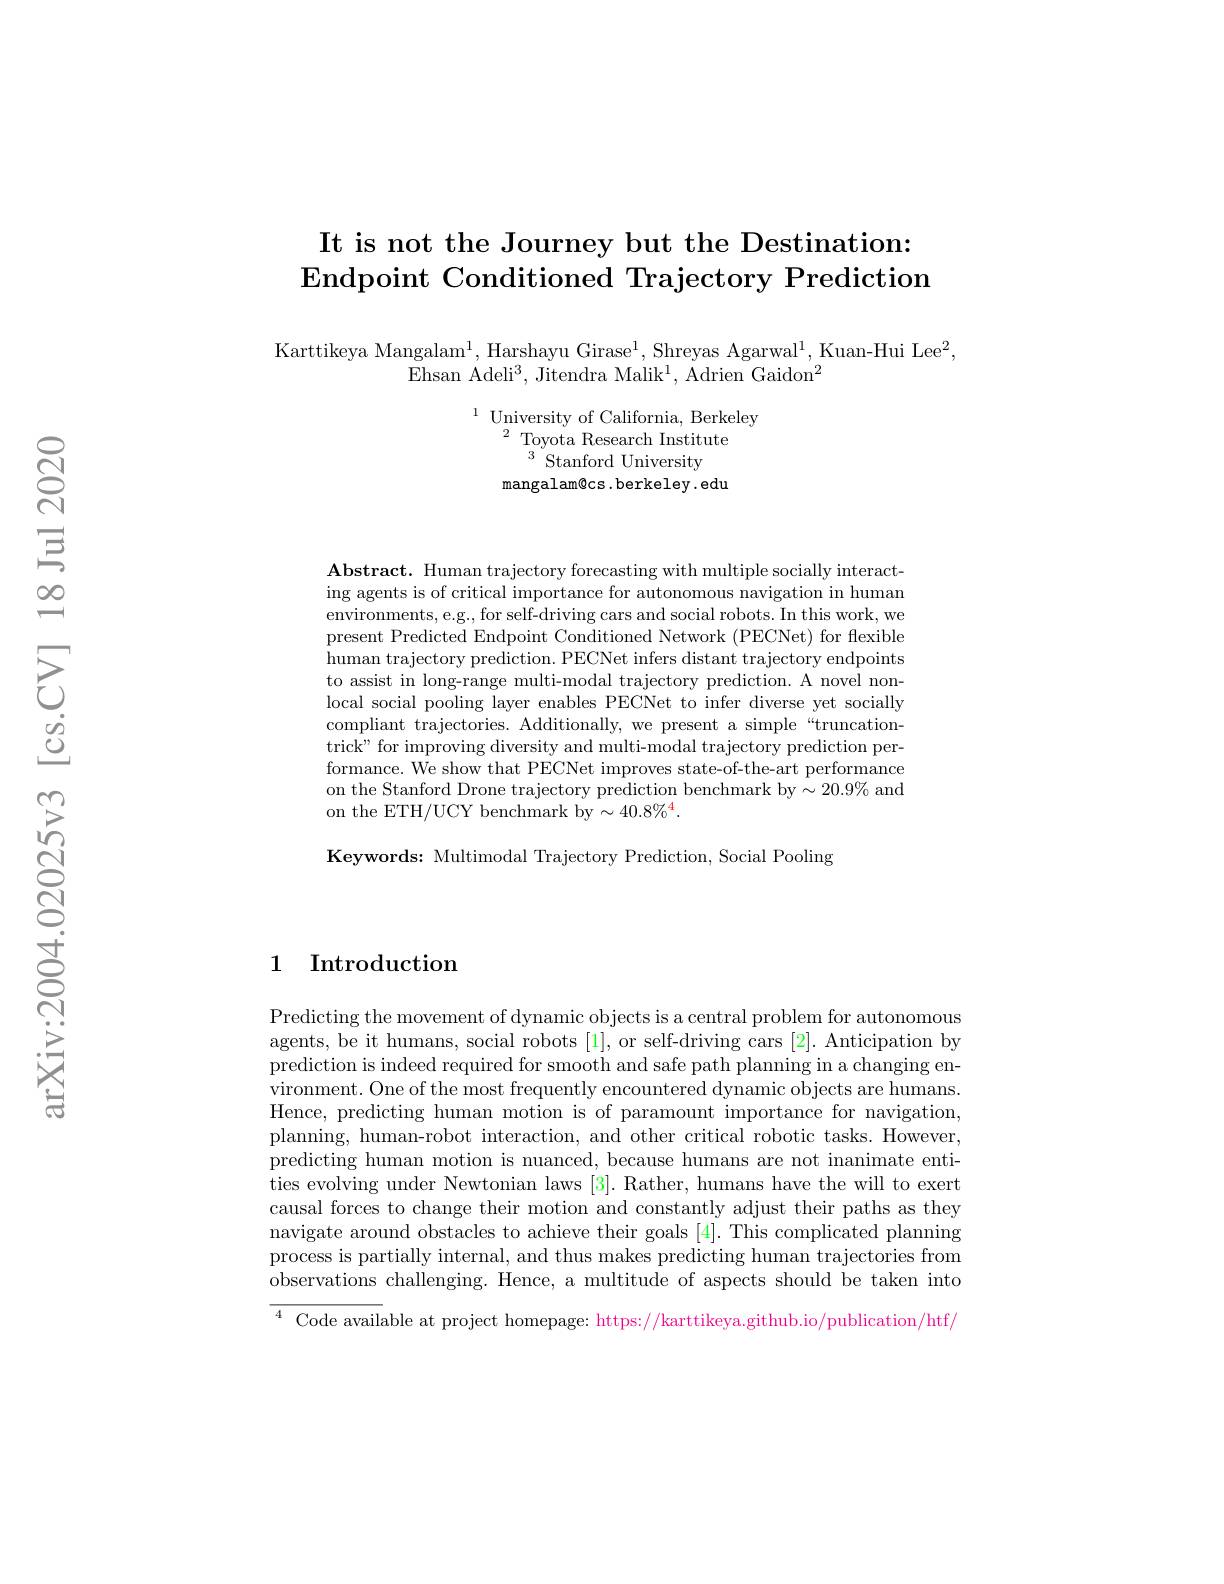
## It is not the Journey but the Destination: $\operatorname{End\text{point Conditioned Trajectory Prediction}}$

Karttikeya Mangalam$^1$, Harshayu Girase$^1$, Shreyas Agarwal$^1$, Kuan-Hui Lee$^2$,
Ehsan Adeli$^3$,Jitendra Malik$^1$,Adrien Gaidon$^2$

$^{1}{\text{ University of California, Berkeley}}$
$^{2}{\mathrm{~Toyota~Research~Institute}}$
$^{3}{\mathrm{~Stanford~University}}$
mangalam@ cs. berkeley. edu

$\mathbf{Abstract.~Human~trajectory~forecasting~with~multiple~socially~interact-}$ ing agents is of critical importance for autonomous navigation in human environments, e.g., for self-driving cars and social robots. In this work, we present Predicted Endpoint Conditioned Network (PECNet) for flexible human trajectory prediction. PECNet infers distant trajectory endpoints to assist in long-range multi-modal trajectory prediction. A novel nonlocal social pooling layer enables PECNet to infer diverse yet socially compliant trajectories. Additionally, we present a simple“truncationtrick" for improving diversity and multi-modal trajectory prediction performance. We show that PECNet improves state-of-the-art performance on the Stanford Drone trajectory prediction benchmark by$\sim20.9\%$ and on the ETH/UCY benchmark by$\sim40.8\%^{4}.$

Keywords: Multimodal Trajectory Prediction, Social Pooling

## 1 Introduction

Predicting the movement of dynamic objects is a central problem for autonomous agents, be it humans, social robots [1], or self-driving cars [2]. Anticipation by prediction is indeed required for smooth and safe path planning in a changing environment. One of the most frequently encountered dynamic objects are humans. Hence, predicting human motion is of paramount importance for navigation, planning, human-robot interaction, and other critical robotic tasks. However, predicting human motion is nuanced, because humans are not inanimate entities evolving under Newtonian laws [3]. Rather, humans have the will to exert causal forces to change their motion and constantly adjust their paths as they navigate around obstacles to achieve their goals [4]. This complicated planning process is partially internal, and thus makes predicting human trajectories from observations challenging. Hence, a multitude of aspects should be taken into ${\overline{{^4}\text{ Code avail}}\text{able at project homepage: https:}//\text{karttikeya.github.io/publication/htf/}}$